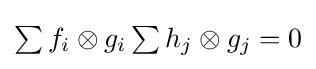
{\textstyle \sum f_{i}\otimes g_{i}\sum h_{j}\otimes g_{j}=0}